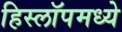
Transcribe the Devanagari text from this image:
हिस्लॉपमध्ये